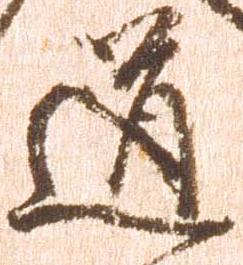
道